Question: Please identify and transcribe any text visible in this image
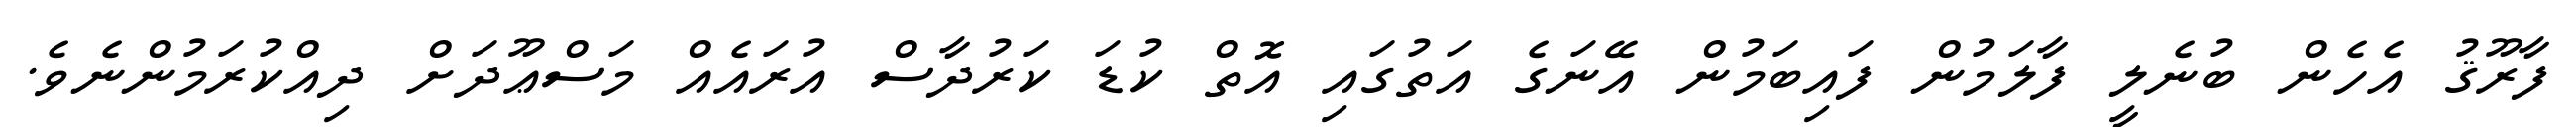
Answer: ފާރޫޤު އެހެން ބުނެލީ ފާލަމުން ފައިބަމުން އޭނަގެ އަތުގައި އޮތް ކުޑަ ކަރުދާސް އުރައެއް މަސްޢޫދަށް ދިއްކުރަމުންނެވެ.